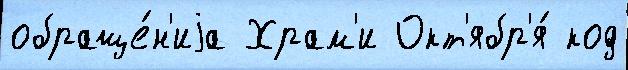
обраще́н'иjа Храм'и Окт'ябр'я́ код